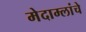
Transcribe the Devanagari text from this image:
मेदाम्लांचे